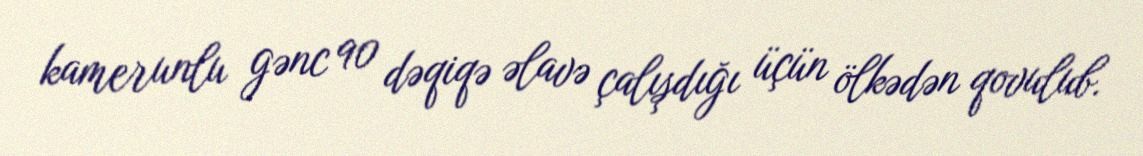
kamerunlu gənc 90 dəqiqə əlavə çalışdığı üçün ölkədən qovulub.